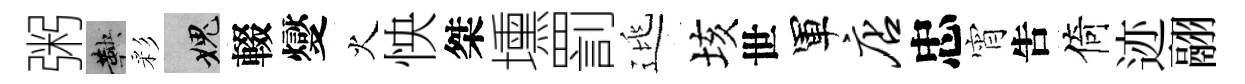
粥鞅彩愧輟燮火怏桀壎罰逃垓世軍店忠宵吿倚迹翮